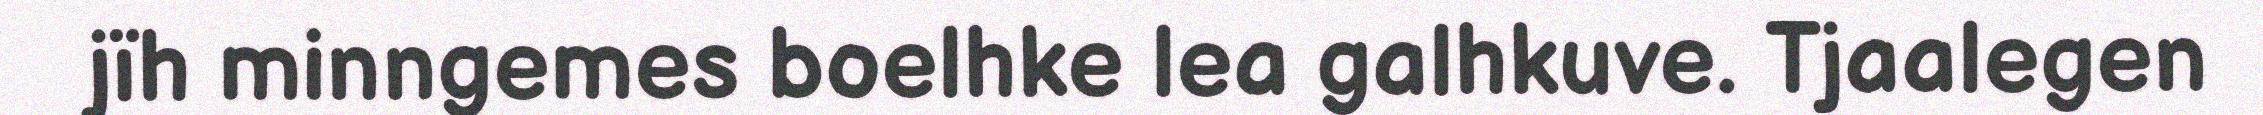
jïh minngemes boelhke lea galhkuve. Tjaalegen